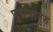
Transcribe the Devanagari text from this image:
पुरानानुरु